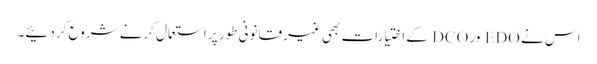
اس نے EDO ور DCO کے اختیارات بھی غیر قانونی طور پر استعمال کرنے شروع کر دئیے۔